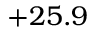
+ 2 5 . 9